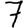
Digit: 7